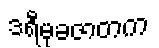
ဒရီမုခဇာတက